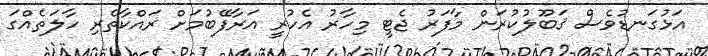
އަޅުގަނޑުވެސް ޤަބޫލުކުރަން މާފަރު ޖެޓީ މިހާރު އެހުރީ އަރާފޭބުމަށް ރައްކާތެރި ހާލަތެއްގަ